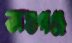
অশুগঞ্জ